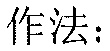
作法：